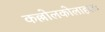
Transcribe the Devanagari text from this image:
कल्लोलकोलाहलः